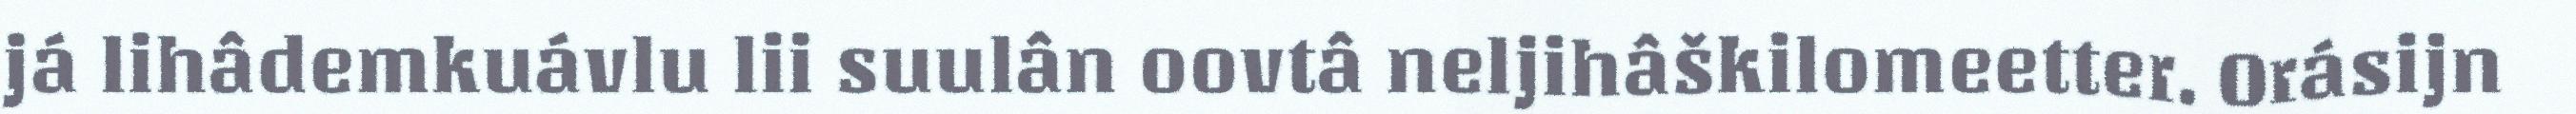
já lihâdemkuávlu lii suulân oovtâ neljihâškilomeetter. Orásijn